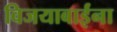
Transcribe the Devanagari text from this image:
विजयाबाईंना